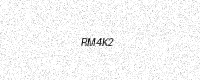
Text: RM4K2